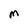
Character: M